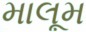
માલૂમ